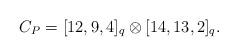
LaTeX: \begin{align*}C_P=[12,9,4]_q \otimes [14,13,2]_q.\end{align*}